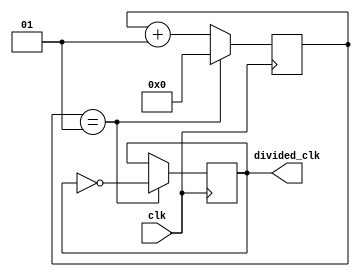
`timescale 1ns / 1ps
//////////////////////////////////////////////////////////////////////////////////
// Company: 
// Engineer: 
// 
// Design Name: 
// Module Name: clock_divider
// Project Name: 
// Target Devices: 
// Tool Versions: 
// Description: 
// 
// Dependencies: 
// 
// Revision:
// Revision 0.01 - File Created
// Additional Comments:
// 
//////////////////////////////////////////////////////////////////////////////////


module clock_divider #(
    parameter div_value = 1) 
    (input wire clk,
    output reg divided_clk = 0);
    
    integer counter_value = 0;
    always@ (posedge clk) begin
        if (counter_value == div_value)
            counter_value <= 0;
        else
            counter_value <= counter_value + 1;
    end
    
    always@ (posedge clk) begin
        if (counter_value == div_value)
            divided_clk <= ~divided_clk;
        else
            divided_clk <= divided_clk;
    end
endmodule